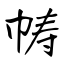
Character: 帱